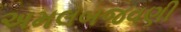
અમલબજવણી